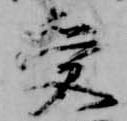
受